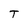
Character: T